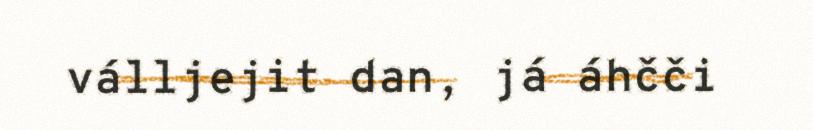
válljejit dan, já áhčči